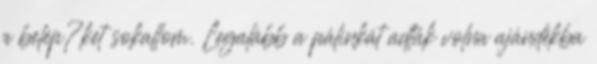
a belép?ket sokallom. Legalább a pálinkát adták volna ajándékba